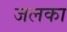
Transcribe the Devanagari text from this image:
जलका